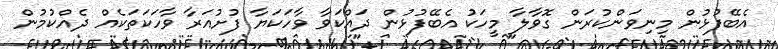
އެބޭފުޅުން މިނިވަންކުރަން ގޮވާލާ މީހަކު އެބޭފުޅުން ދައްކަވާ ވާހަކަޔާ ފުށުއަރާ ވާހަކަތަކެއް ދެއްކުމުން